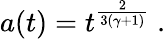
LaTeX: a(t)=t^{\frac{2}{3(\gamma+1)}}\ .